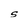
Character: S